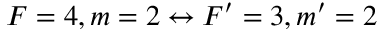
F = 4 , m = 2 \leftrightarrow F ^ { \prime } = 3 , m ^ { \prime } = 2